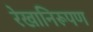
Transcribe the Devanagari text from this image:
रेखानिरूपण